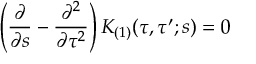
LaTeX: \left( \frac { \partial } { \partial s } - \frac { \partial ^ { 2 } } { \partial \tau ^ { 2 } } \right) K _ { ( 1 ) } ( \tau , \tau ^ { \prime } ; s ) = 0